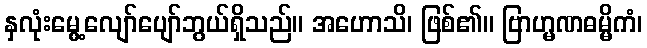
နှလုံးမွေ့လျော်ပျော်ဘွယ်ရှိသည်။ အဟောသိ၊ ဖြစ်၏။ ဗြာဟ္မဏဓမ္မိကံ၊